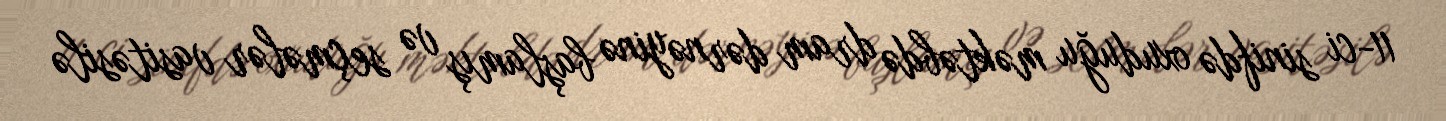
11-ci sinifdə oxuduğu məktəbdə dram dərnəyinə başlamış və seçmələr vasitəsilə